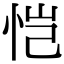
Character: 恺